Scottish Leaving Certificate Examination, 1953
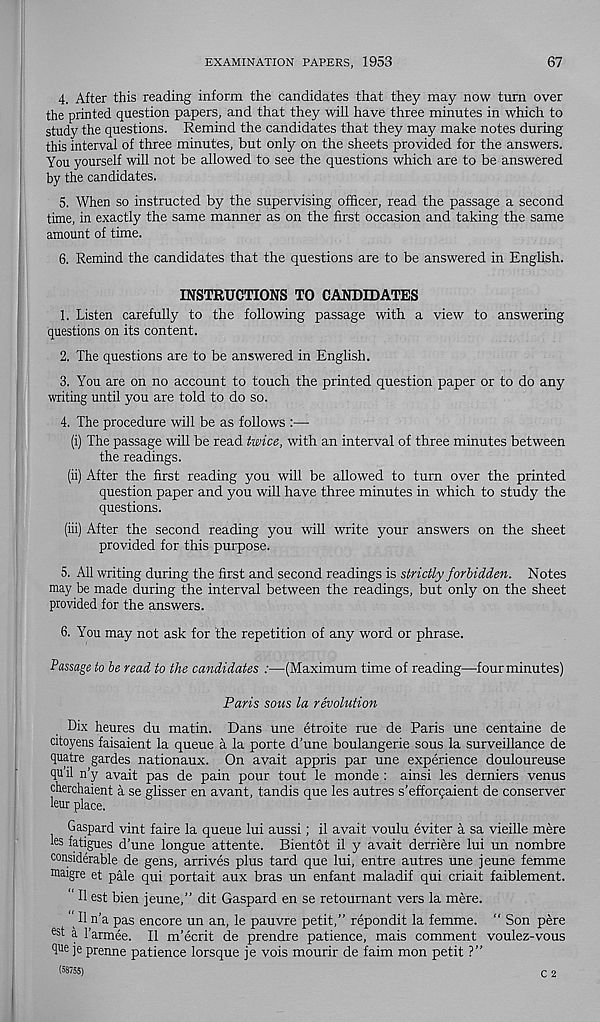
EXAMINATION PAPERS, 1953
67
4. After this reading inform the candidates that they may now turn over
the printed question papers, and that they will have three minutes in which to
study the questions. Remind the candidates that they may make notes during
this interval of three minutes, but only on the sheets provided for the answers.
You yourself will not be allowed to see the questions which are to be answered
by the candidates.
5. When so instructed by the supervising officer, read the passage a second
time, in exactly the same manner as on the first occasion and taking the same
amount of time.
6. Remind the candidates that the questions are to be answered in Enghsh.
INSTRUCTIONS TO CANDIDATES
1. Listen carefully to the following passage with a view to answering
questions on its content.
2. The questions are to be answered in English.
3. You are on no account to touch the printed question paper or to do any
writing until you are told to do so.
4. The procedure will be as follows :—
(i) The passage will be read twice, with an interval of three minutes between
the readings.
(ii) After the first reading you will be allowed to turn over the printed
question paper and you will have three minutes in which to study the
questions.
(iii) After the second reading you will write your answers on the sheet
provided for this purpose.
5. All writing during the first and second readings is strictly forbidden. Notes
may be made during the interval between the readings, but only on the sheet
provided for the answers.
6. You may not ask for the repetition of any word or phrase.
Passage to be read to the candidates :—(Maximum time of reading—four minutes)
Paris sous la revolution
Dix heures du matin. Dans une etroite rue de Paris une centaine de
citoyens faisaient la queue a la porte d’une boulangerie sous la surveillance de
quatre gardes nationaux. On avait appris par une experience douloureuse
qu il n’y avait pas de pain pour tout le monde : ainsi les derniers venus
cherchaient a se glisser en avant, tandis que les autres s’efforgaient de conserver
leur place.
Gaspard vint faire la queue lui aussi; il avait voulu eviter a sa vieille mere
ks fatigues d’une longue attente. Bientot il y avait derriere lui un nombre
considerable de gens, arrives plus tard que lui, entre autres une jeune femme
m aigre et pale qui portait aux bras un enfant maladif qui criait faiblement.
II est bien jeune,” dit Gaspard en se retournant vers la mere.
II n’a pas encore un an, le pauvre petit,” repondit la femme. “ Son pere
es t a Farmee. Il m’ecrit de prendre patience, mais comment voulez-vous
quc je prenne patience lorsque je vois mourir de faim mon petit ?”
(58755)
C 2